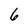
Character: 6